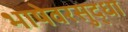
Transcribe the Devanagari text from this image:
भाषेवरसुद्धा